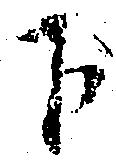
下